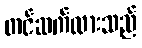
တင်ဆက်ထားသည်